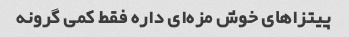
پیتزاهای خوش مزه‌ای داره فقط کمی گرونه